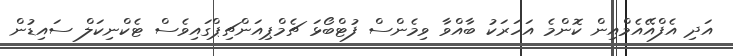
އަދި އެފްއޭއެމްއިން ކޮންމެ އަހަރަކު ބާއްވާ ވިމެންސް ފުޓްބޯޅަ ޗެމްޕިއަންޗިޕްގައިވެސް ޓެކްނިކަލް ސައިޑުން